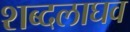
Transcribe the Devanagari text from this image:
शब्दलाघव